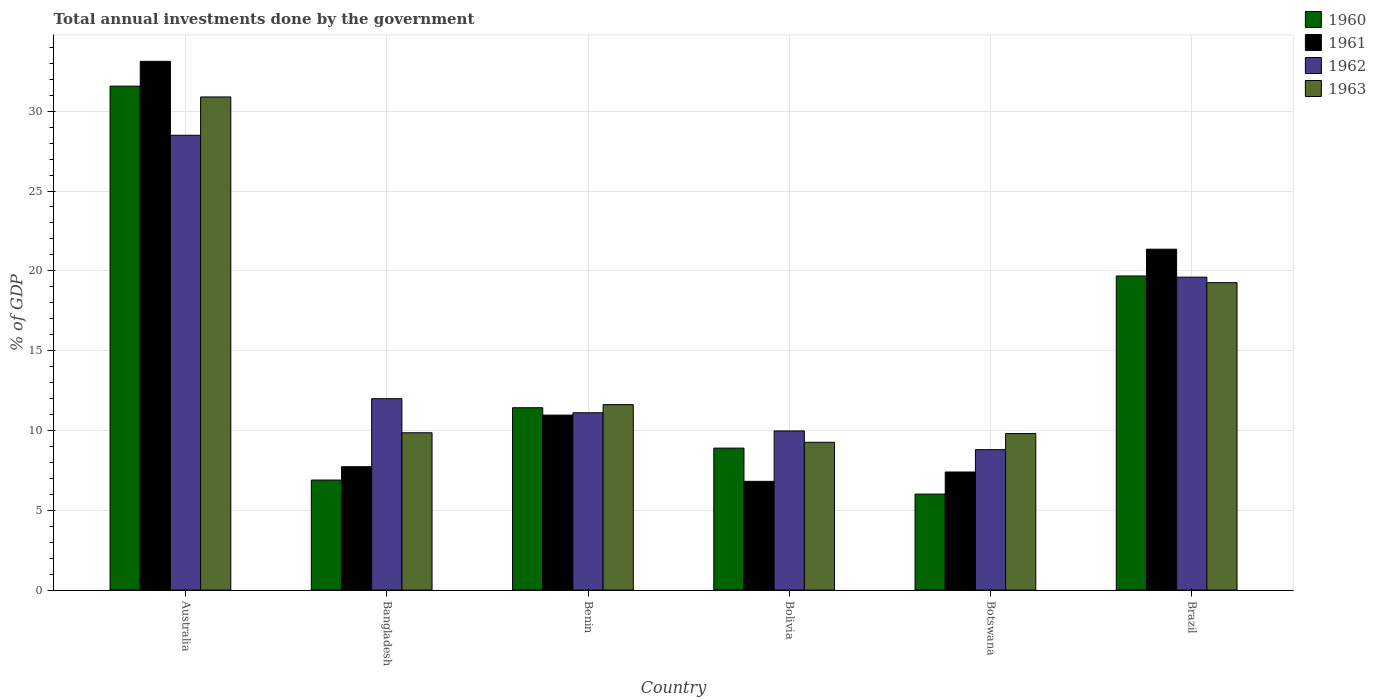
| Country | 1960 | 1961 | 1962 | 1963 |
 | --- | --- | --- | --- | --- |
 | Australia | 31.6 | 33.1 | 28.5 | 30.9 |
 | Bangladesh | 6.89 | 7.73 | 12 | 9.86 |
 | Benin | 11.4 | 11 | 11.1 | 11.6 |
 | Bolivia | 8.89 | 6.81 | 9.97 | 9.26 |
 | Botswana | 6.02 | 7.4 | 8.8 | 9.81 |
 | Brazil | 19.7 | 21.4 | 19.6 | 19.3 |